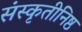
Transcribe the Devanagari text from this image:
संस्कृतीनिष्ठ